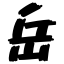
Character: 岳